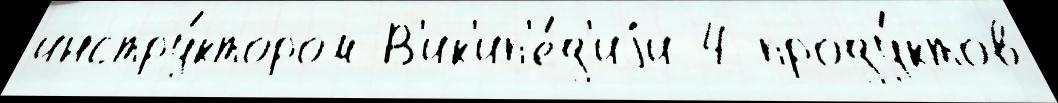
инстру́ктором В'ик'ип'е́д'иjи 4 проду́ктов